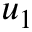
u _ { 1 }